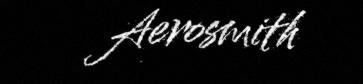
Aerosmith